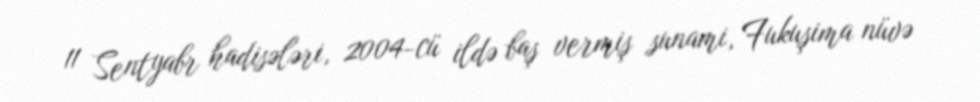
11 Sentyabr hadisələri, 2004-cü ildə baş vermiş sunami, Fukuşima nüvə